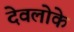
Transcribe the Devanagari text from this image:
देवलोके